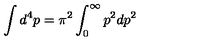
\int d ^ { 4 } p = \pi ^ { 2 } \int _ { 0 } ^ { \infty } p ^ { 2 } d p ^ { 2 }